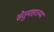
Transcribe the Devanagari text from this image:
सेतुमाहात्म्य